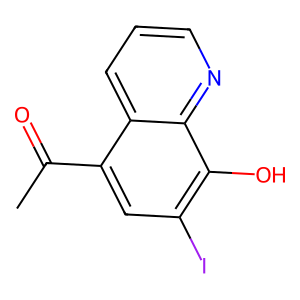
SMILES: CC(=O)c1cc(I)c(O)c2ncccc12
Inhibits HIV replication: No